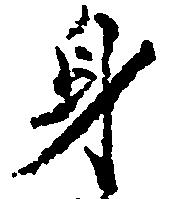
身